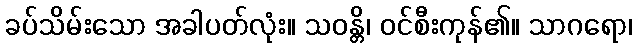
ခပ်သိမ်းသော အခါပတ်လုံး။ သဝန္တိ၊ ဝင်စီးကုန်၏။ သာဂရော၊